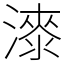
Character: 𣾰